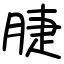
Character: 脻